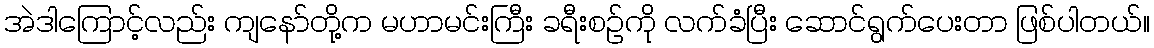
အဲဒါကြောင့်လည်း ကျနော်တို့က မဟာမင်းကြီး ခရီးစဉ်ကို လက်ခံပြီး ဆောင်ရွက်ပေးတာ ဖြစ်ပါတယ်။